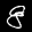
Label: 8